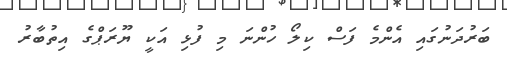
ބަރުދަނުގައި އެންމެ ފަސް ކިލޯ ހުންނަ މި ފުޅި އަކީ ޔޫރަޕްގެ އިތުބާރު